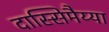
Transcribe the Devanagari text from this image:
दास्सिमैय्या